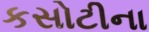
કસોટીના